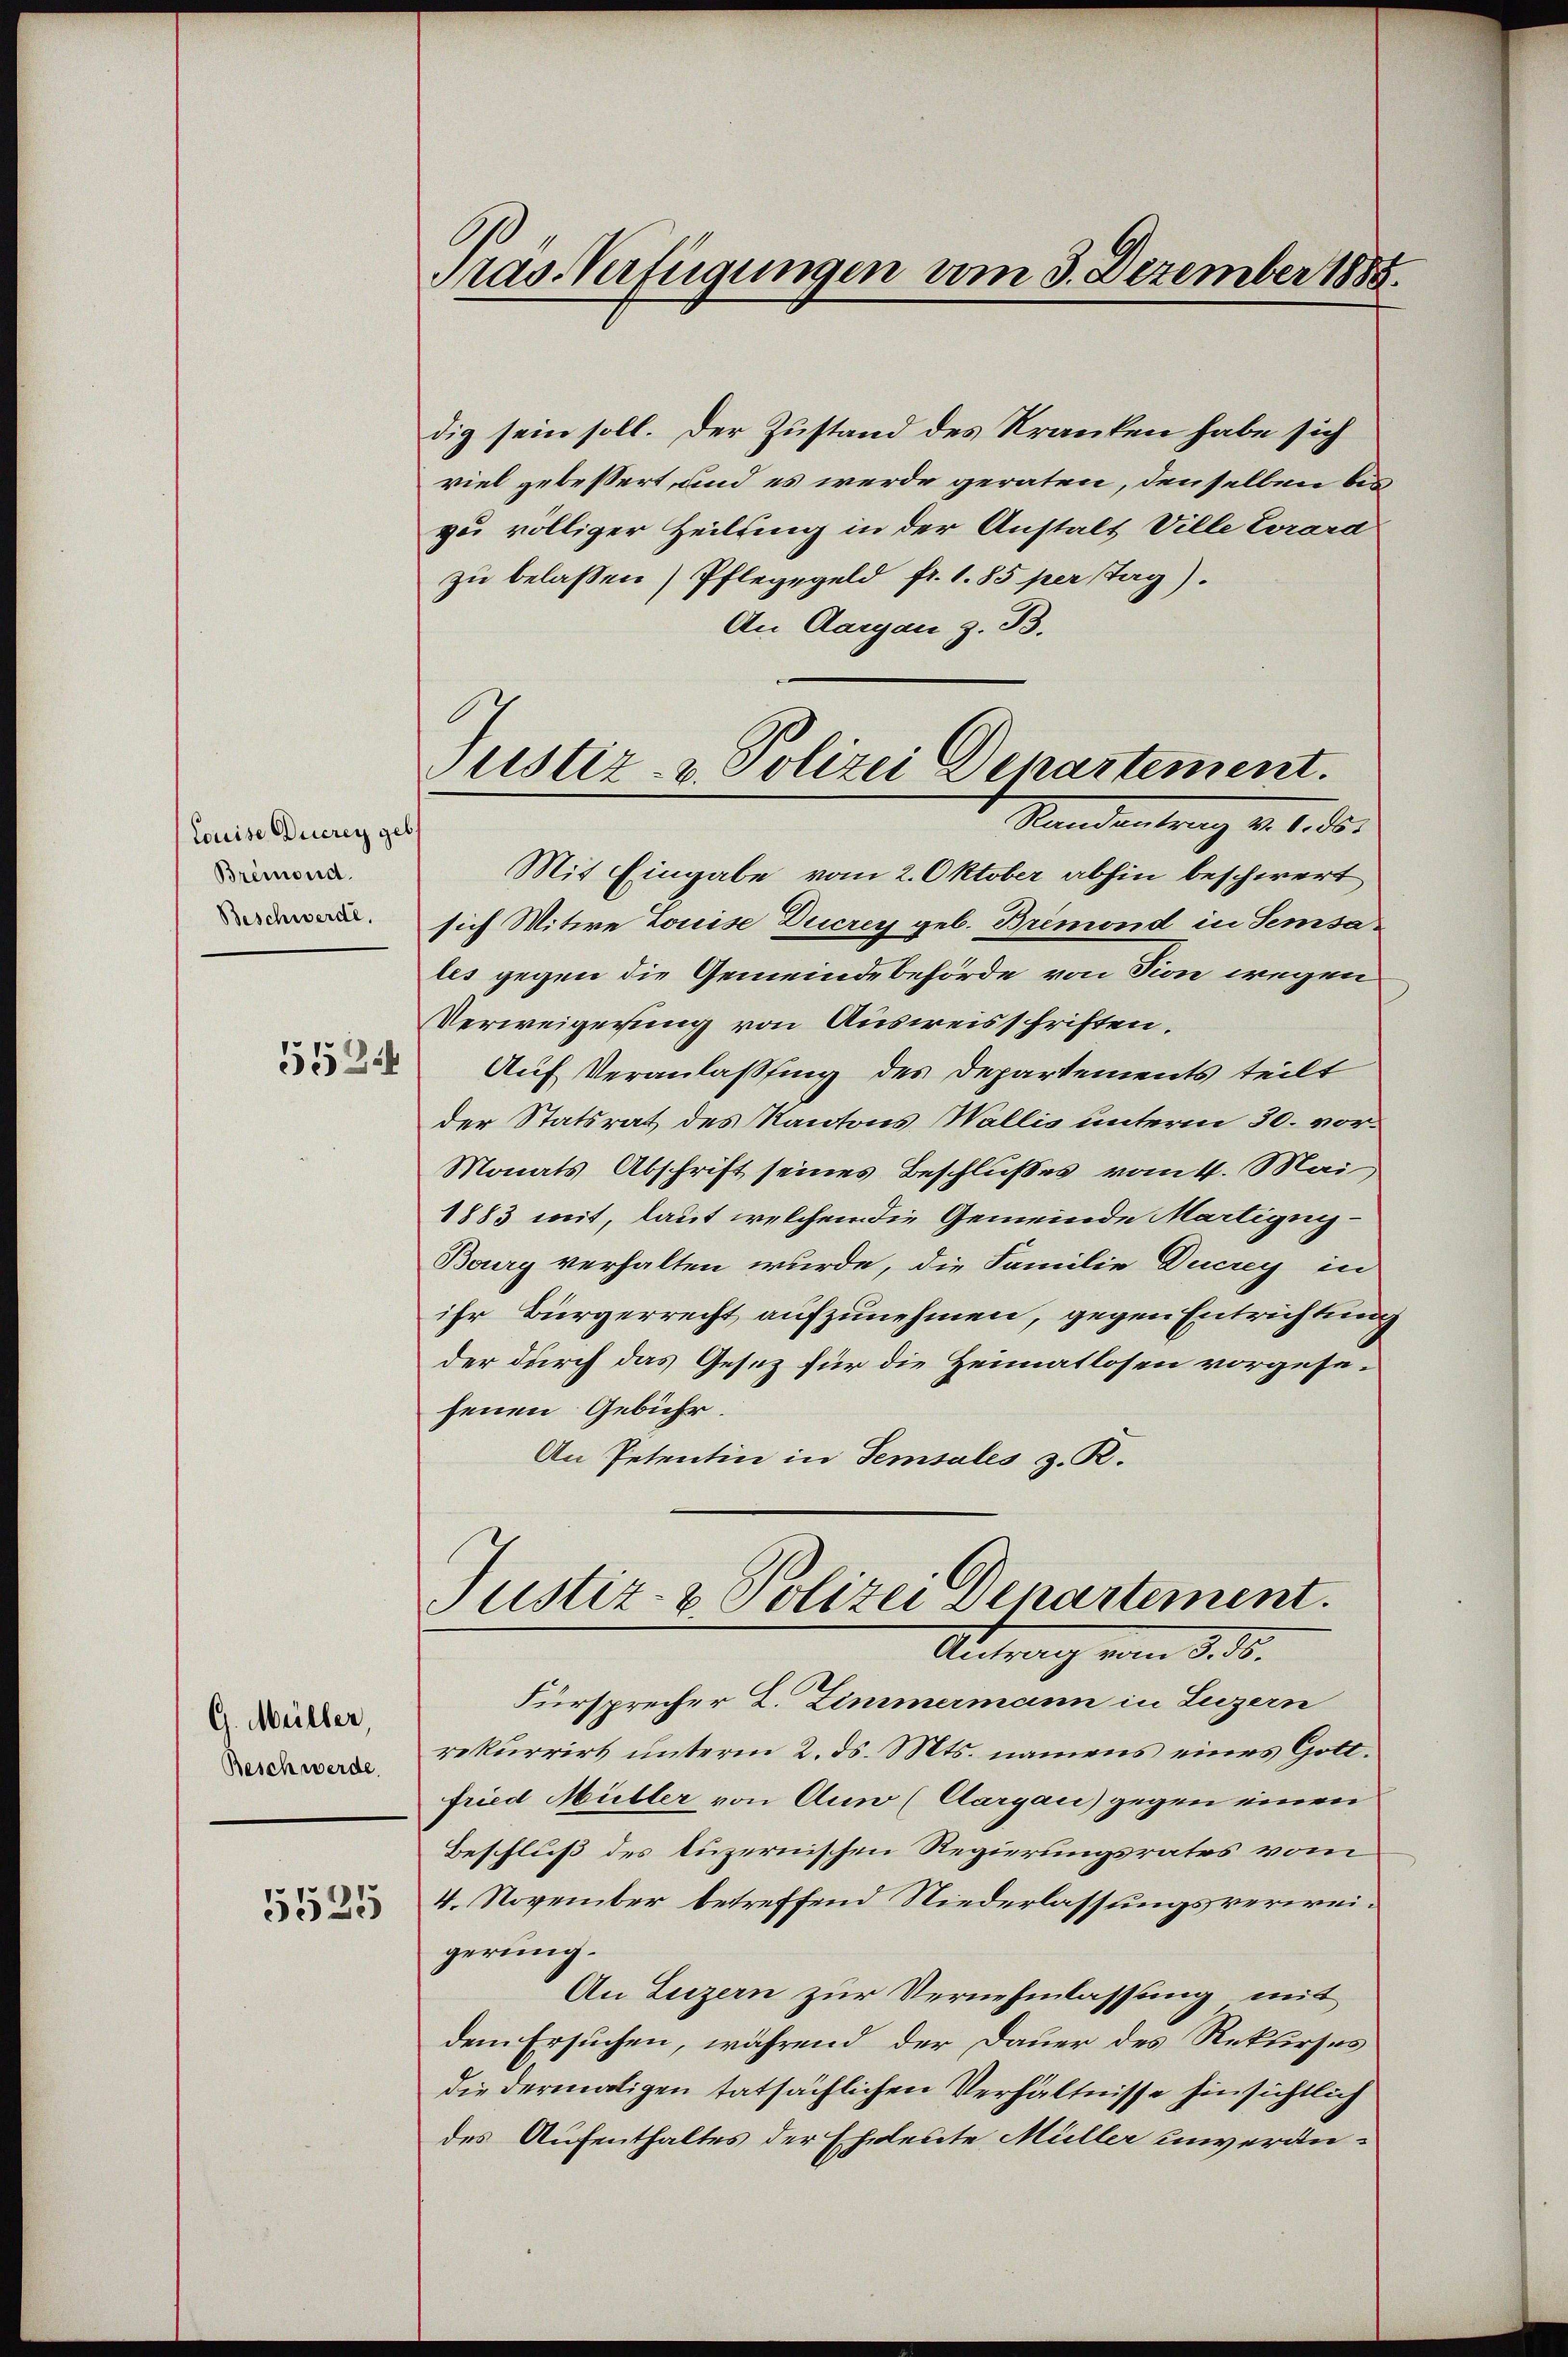
Louise Ducrey geb.
Bremond.
Beschwerde.
5524

G. Müller,
Beschwerde.
5525

Pras. Verfügungen vom 3. Dezember 1885.

dig sein soll. Der Zustand des Kranken habe sich
viel gebessert, und es werde geraten, denselben bis
zu völliger Heilung in der Anstalt Ville Erard
zu belassen) Pflegegeld fr. 1. 85 per Tag).
An Aargau z. B.

Justiz- & Polizei Departement.
Mandantrag v. 2. d.

Mit Eingabe vom 2. Oktober abhin beschwert
sich Witwe Louise Ducrey geb. Bremond in Semsales gegen die Gemeindebehörde von sion wegen
Verweigerung von Ausweisschriften.
Auf Veranlassung des Departements teilt
der Statsrat des Kantons Wallis unterm 30. vor¬
Monats Abschrift seines Beschlußes vom 4. Mai
1883 mit, laut welchen die Gemeinde Martigny-
Bourg verhalten wurde, die Familie Ducrey in
ihr Bürgerrecht aufzunehmen, gegen Entrichtung
der durch das Gesetz für die Heimatlosen vorgesesenen Gebühr.
An Petentin in Temsales z. R.

Justiz- & Polizei Departement.
Antrag vom 3. ds.

Fürsprecher Z. Zimmermann in Luzern
rekurrirt unterm 2. ds. Mts. namens eines Gottfried Müller von Auw (Aargau) gegen einen
Beschluß des Luzernischen Regierungsrates vom
4. November betreffend Niederlassungsverweigerung.
An Luzern zur Vernehmlassung mit
dem Ersuchen, während der Dauer des Rekurses
die dermaligen tatsächlichen Verhältnisse hinsichtlich
des Aufenthaltes der Eheleute Müller unverän¬